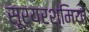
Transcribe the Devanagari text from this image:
सूर्यरश्मियों